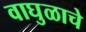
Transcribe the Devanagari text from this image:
वाघुळाचे